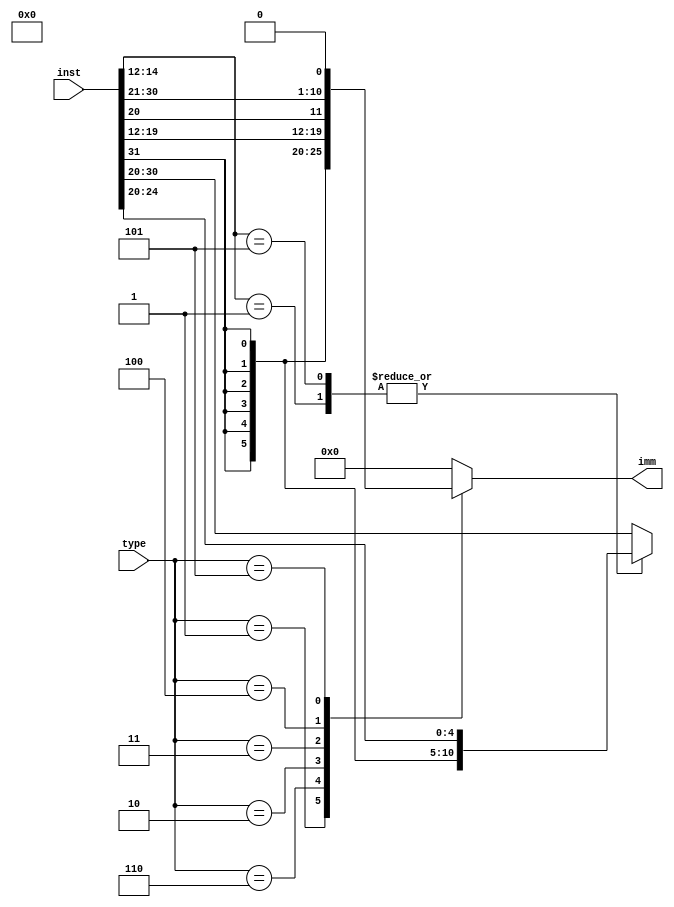
module imm_gen (
  input  wire [31:0] inst,
  input  wire [2:0]  type,
  output reg  [31:0] imm         
);
  always @(*) begin 
    case (type)
        //I-Type
        3'b001: imm = {{20{inst[31]}},inst[31:20]};
		    //I-Type
		    3'b110: 
		    case (inst[14:12])
		        3'b001  : imm = {{27{inst[31]}},inst[24:20]};
			      3'b101  : imm = {{27{inst[31]}},inst[24:20]};
			      default : imm = {{20{inst[31]}},inst[31:20]};
		    endcase
        //U-Type
        3'b010:  imm = {inst[31:12],12'b0};
        //B-Type
        3'b011:  imm = {{20{inst[31]}}, inst[7], inst[30:25], inst[11:8], 1'b0};
        //S-Type
        3'b100:  imm = {{20{inst[31]}},inst[31:25], inst[11:7]};
        //J-Type
        3'b101:  imm = {{12{inst[31]}}, inst[19:12], inst[20], inst[30:21], 1'b0};		
        default: imm = 32'b0;
    endcase
  end
endmodule